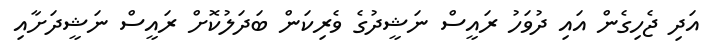
އަދި ޖެހިގެން އައި ދުވަހު ރައީސް ނަޝީދުގެ ވެރިކަން ބަދަލުކޮށް ރައީސް ނަޝީދަށާއި